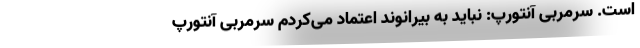
است. سرمربی آنتورپ: نباید به بیرانوند اعتماد می‌کردم سرمربی آنتورپ